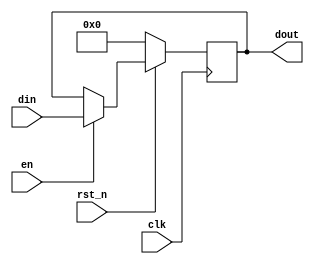
`timescale 1ns / 1ps
//////////////////////////////////////////////////////////////////////////////////
// Company: 
// Engineer: 
// 
// Design Name: 
// Module Name: dff
// Project Name: 
// Target Devices: 
// Tool Versions: 
// Description: 
// 
// Dependencies: 
// 
// Revision:
// Revision 0.01 - File Created
// Additional Comments:
// 
//////////////////////////////////////////////////////////////////////////////////



module dff #(
    parameter DW = 32   // Data Width, 
)(
    input  wire           clk     ,
    input  wire           rst_n   , // 
    input  wire           en      , // 
    input  wire [DW-1: 0] din     ,
    output reg  [DW-1: 0] dout
    );
    
    always @(posedge clk)begin
        if (!rst_n) dout <= 0;
        else if (en) dout <= din;
        else dout <= dout;
    end    
    
endmodule